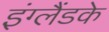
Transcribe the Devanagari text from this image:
इंग्लैंडके